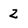
Character: 2